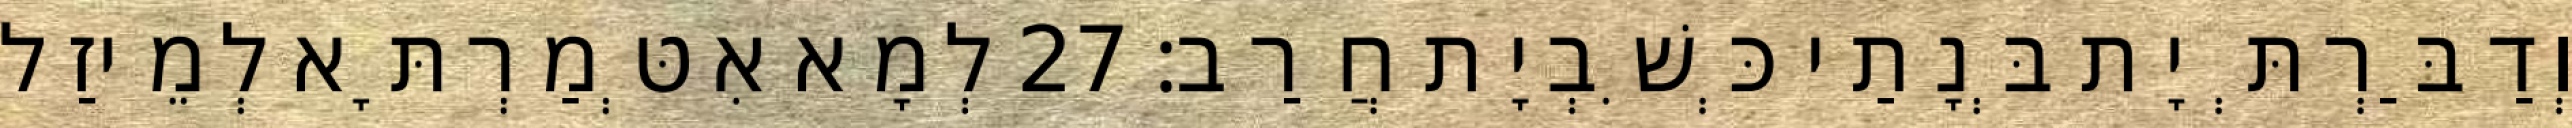
וְדַבַּרְתְּ יָת בְּנָתַי כְּשִׁבְיָת חֲרַב׃ 27 לְמָא אִטְּמַרְתָּא לְמֵיזַל